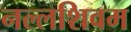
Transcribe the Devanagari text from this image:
नल्लशिवम